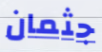
جثمان